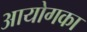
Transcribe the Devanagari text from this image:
आयोगका